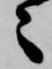
々